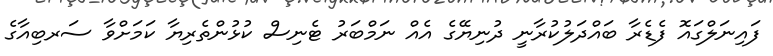
ފައިނަލްގައޮ ފެޑެރާ ބައްދަލުކުރާނީ ދުނިޔޭގެ އެއް ނަމްބަރު ޓެނިސް ކުޅުންތެރިޔާ ކަމަށްވާ ސަރބިއާގެ